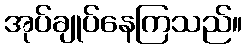
အုပ်ချုပ်နေကြသည်။